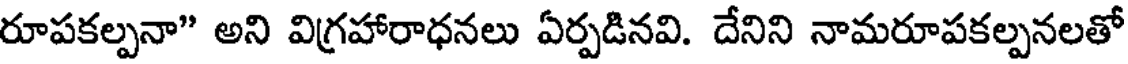
రూపకల్పనా" అని విగ్రహారాధనలు ఏర్పడినవి. దేనిని నామరూపకల్పనలతో